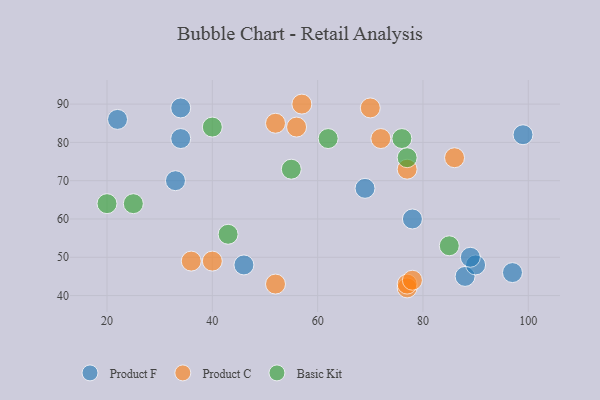
{"axis": {"x": "GDP", "y": "Life Expectancy"}, "legend": ["Basic Kit", "Product C", "Product F"], "data": [{"x": "88", "y": 45, "type": "Product F"}, {"x": "99", "y": 82, "type": "Product F"}, {"x": "22", "y": 86, "type": "Product F"}, {"x": "46", "y": 48, "type": "Product F"}, {"x": "97", "y": 46, "type": "Product F"}, {"x": "34", "y": 89, "type": "Product F"}, {"x": "33", "y": 70, "type": "Product F"}, {"x": "69", "y": 68, "type": "Product F"}, {"x": "34", "y": 81, "type": "Product F"}, {"x": "78", "y": 60, "type": "Product F"}, {"x": "90", "y": 48, "type": "Product F"}, {"x": "89", "y": 50, "type": "Product F"}, {"x": "77", "y": 42, "type": "Product C"}, {"x": "86", "y": 76, "type": "Product C"}, {"x": "70", "y": 89, "type": "Product C"}, {"x": "72", "y": 81, "type": "Product C"}, {"x": "77", "y": 43, "type": "Product C"}, {"x": "57", "y": 90, "type": "Product C"}, {"x": "56", "y": 84, "type": "Product C"}, {"x": "40", "y": 49, "type": "Product C"}, {"x": "78", "y": 44, "type": "Product C"}, {"x": "52", "y": 43, "type": "Product C"}, {"x": "36", "y": 49, "type": "Product C"}, {"x": "77", "y": 73, "type": "Product C"}, {"x": "52", "y": 85, "type": "Product C"}, {"x": "25", "y": 64, "type": "Basic Kit"}, {"x": "40", "y": 84, "type": "Basic Kit"}, {"x": "76", "y": 81, "type": "Basic Kit"}, {"x": "62", "y": 81, "type": "Basic Kit"}, {"x": "85", "y": 53, "type": "Basic Kit"}, {"x": "77", "y": 76, "type": "Basic Kit"}, {"x": "43", "y": 56, "type": "Basic Kit"}, {"x": "55", "y": 73, "type": "Basic Kit"}, {"x": "20", "y": 64, "type": "Basic Kit"}]}